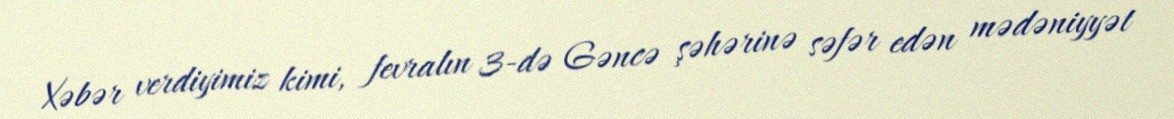
Xəbər verdiyimiz kimi, fevralın 3-də Gəncə şəhərinə səfər edən mədəniyyət